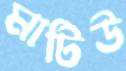
মাটিউ